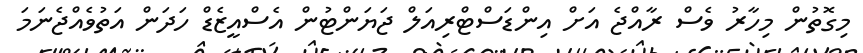
މިގޮތުން މިހާރު ވެސް ރާއްޖެ އަށް އިންޑަސްޓްރިއަލް ޖަޔަންޓުން އެސްއީޒެޑް ހަދަން އަތުވެއްޖެނަމަ